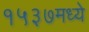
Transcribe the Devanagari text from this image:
१५३७मध्ये